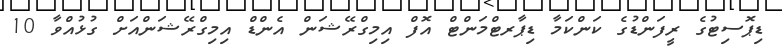
ޑިޕޮސިޓުގެ ރީފަންޑުގެ ކަންކަމާ ޑިޕާރޓްމަންޓް އޮފް އިމިގްރޭޝަން އެންޑް އިމިގްރޭޝަންއަށް ގުޅުއްވާ 10